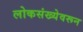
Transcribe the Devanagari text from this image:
लोकसंख्येवरून